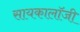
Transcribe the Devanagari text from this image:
सायकालॉजी